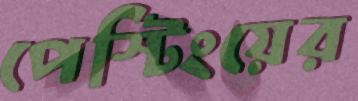
পেস্টিংয়ের